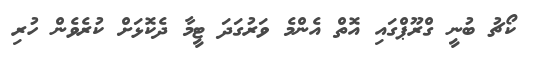
ކޯޗު ބުނީ ގްރޫޕްގައި އޮތް އެންމެ ވަރުގަދަ ޓީމާ ދެކޮޅަށް ކުރެވެން ހުރި